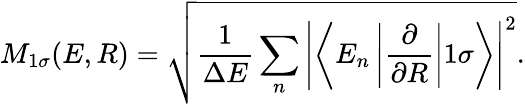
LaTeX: M_{1\sigma}(E,R)=\sqrt{\frac{1}{\Delta E}\sum_{n}\left|\left<E_{n}\left|\frac{\partial}{\partial R}\right|1\sigma\right>\right|^{2}}.